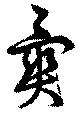
異